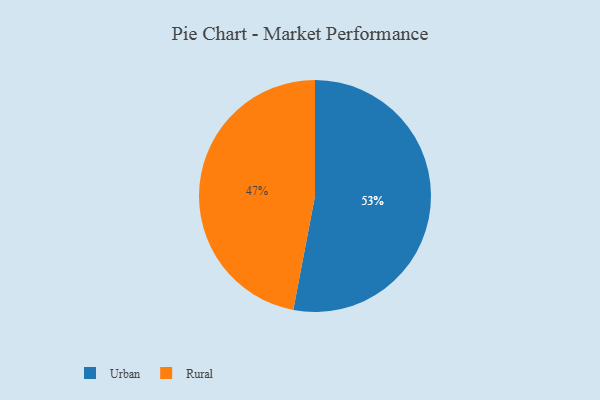
{"axis": {"x": "Category", "y": "Percentage"}, "legend": ["Rural", "Urban"], "data": [{"x": "Rural", "y": 47, "type": "Rural"}, {"x": "Urban", "y": 53, "type": "Urban"}]}